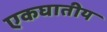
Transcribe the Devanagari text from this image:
एकघातीय